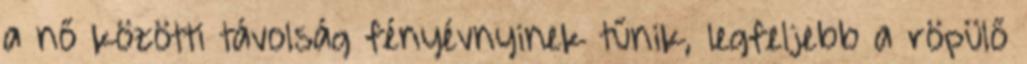
a nő közötti távolság fényévnyinek tűnik, legfeljebb a röpülő